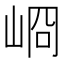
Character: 𡸀